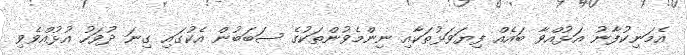
އެމަނިކުފާނު އަޅުއްވާ ބައެއް ފިޔަވަޅުތަކާއި ނިންމެވުންތަކުގެ ސަބަބުން އެކުގައި ގިނަ ދުވަހު އުޅުއްވެވި